Haapsalu_Metskond, lk 24
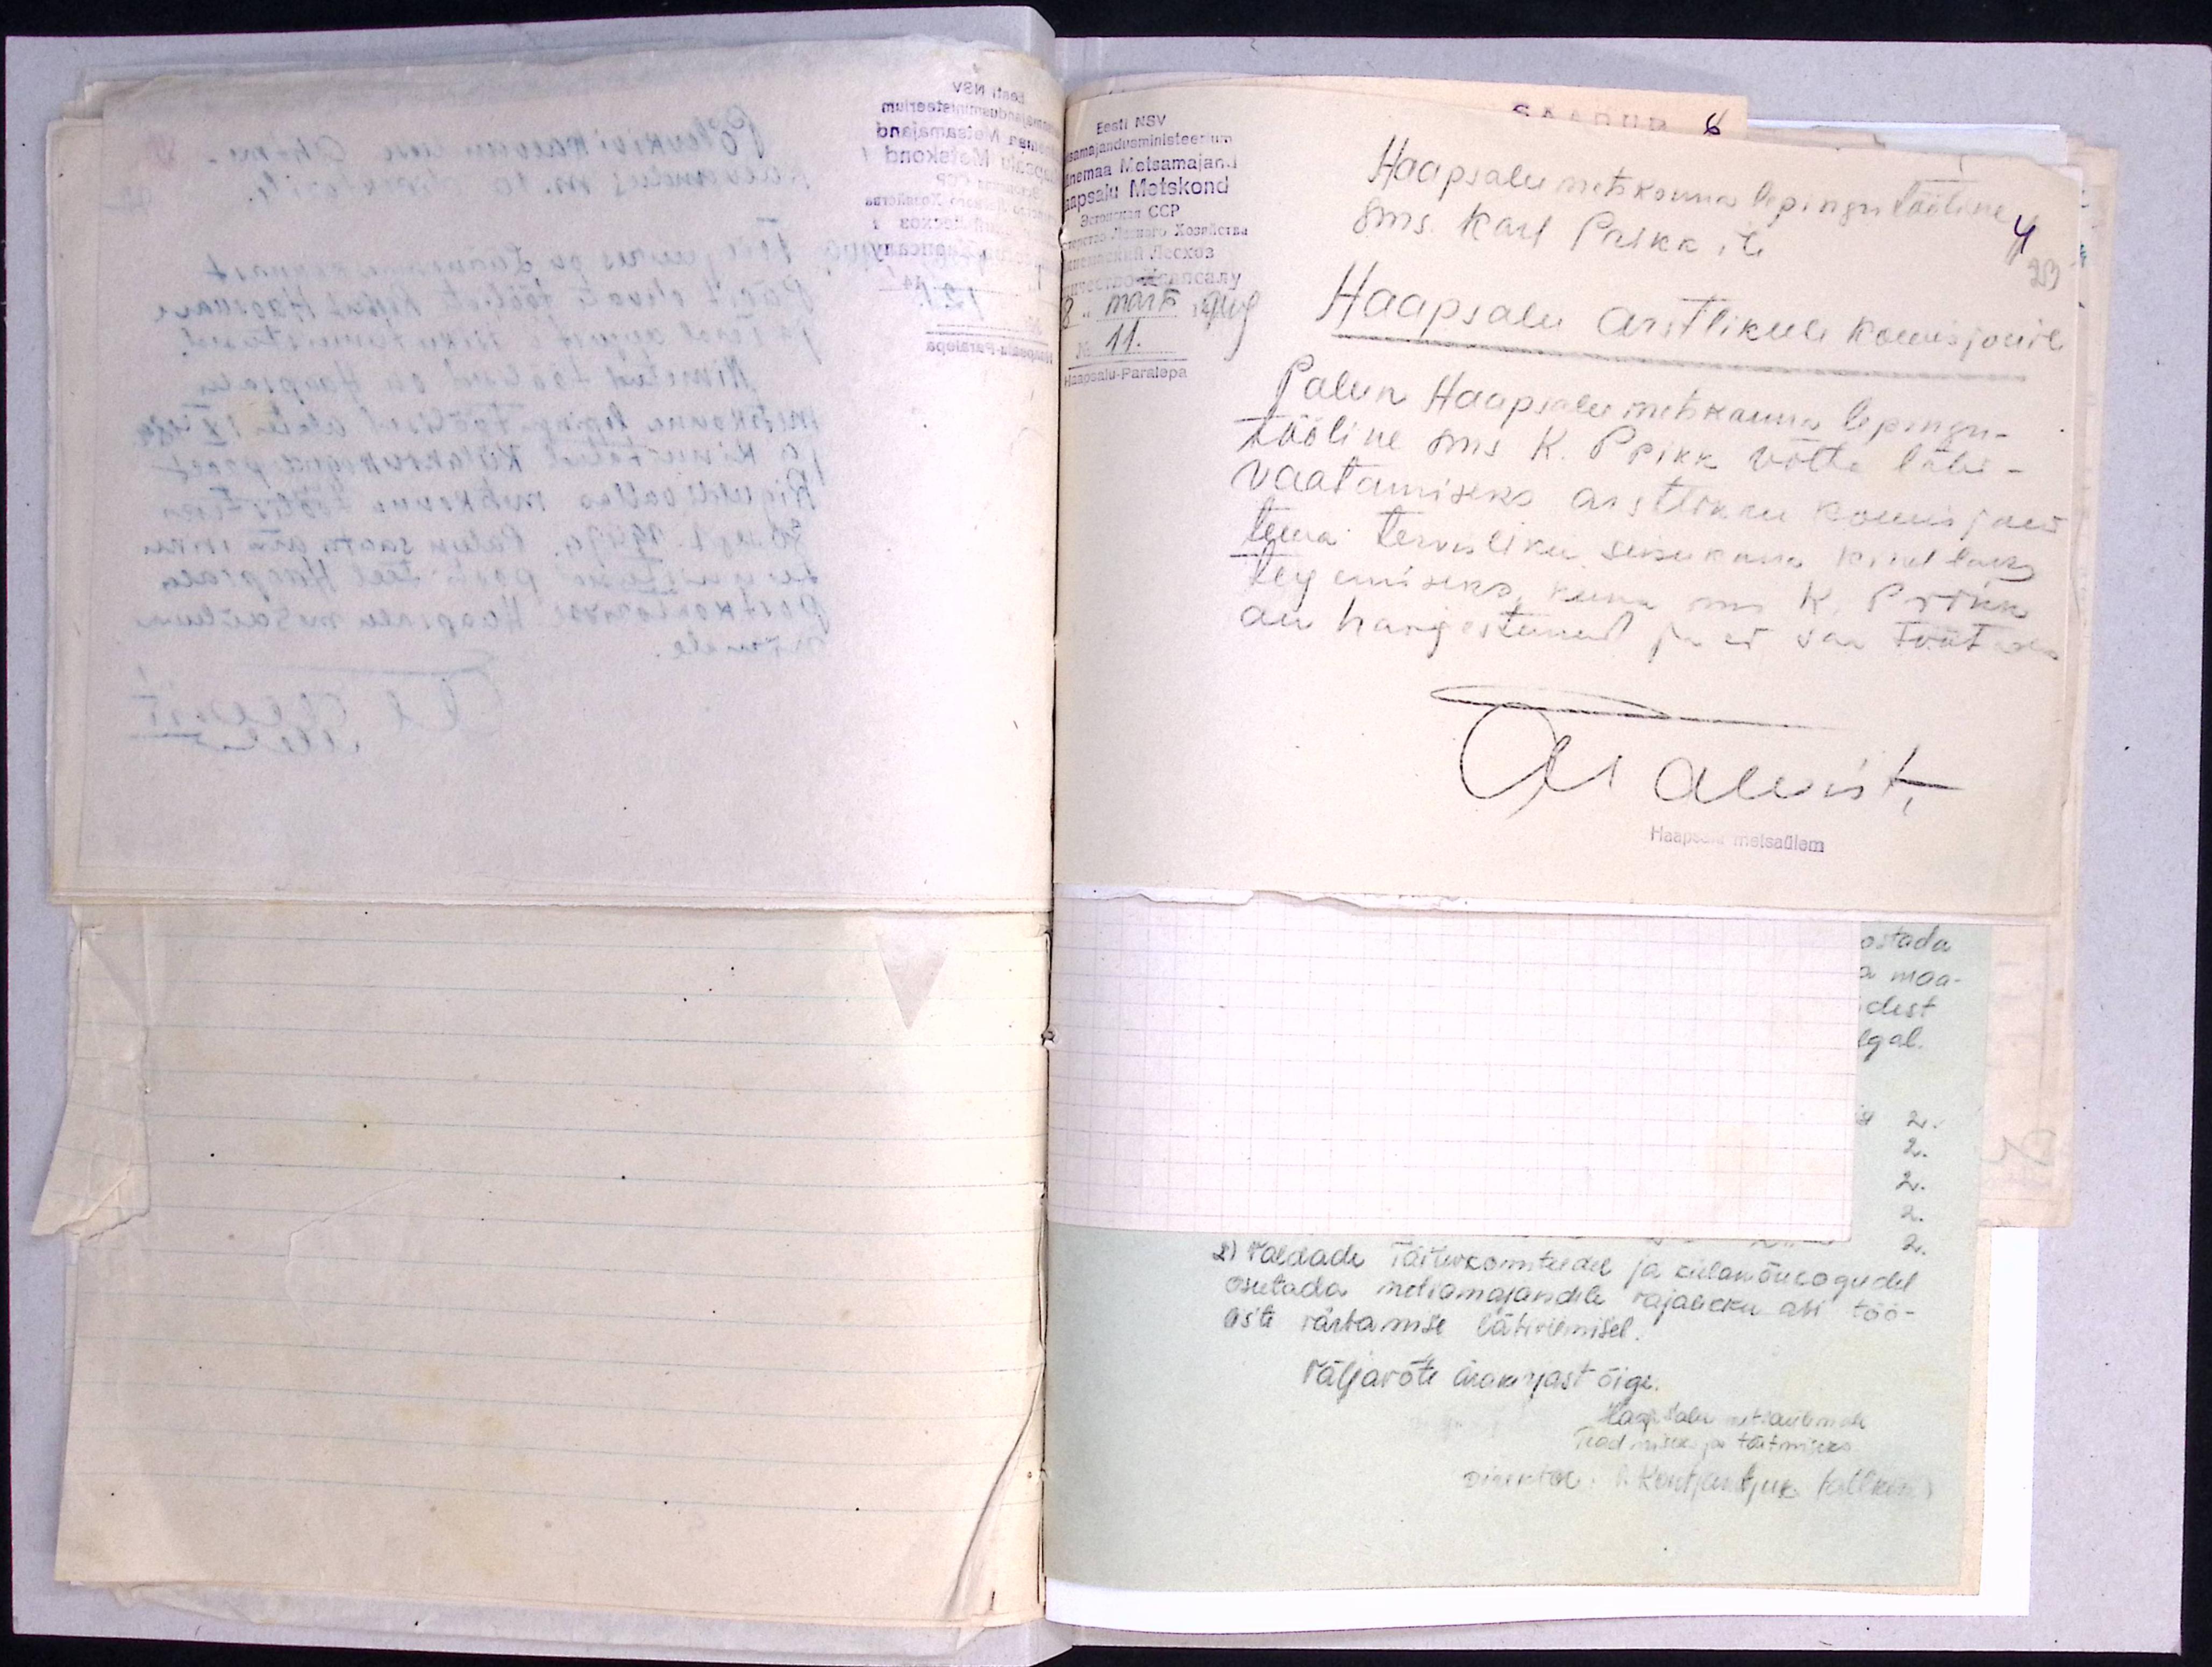
Eesti NSV
Metsamajandusministeerium
Läänemaa Matsamajand
Haapsalu Metskond
Haapsalu metskonna lepingutööline
sms. Karl Prikk ile
4
23
8" märts 1949
Haapsalu arstlikule komisjonile
No 11.
Haapsalu-Paralepa
Palun Haapsalu metskonna lepingu-
tööline sms K. Prikk võtta läbi-
vaatamiseks arstlikku komisjoni
tema tervisliku seisukorra kindlaks
tegemiseks, kuna sms K. Prikk
on haigestunud ja ei saa töötada
ATalviste
Haapsalu metsaülem